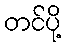
တင်ပို့